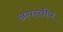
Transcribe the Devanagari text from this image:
अगस्तीय